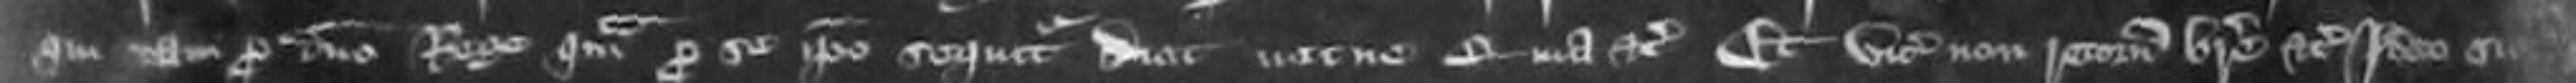
qui tam pro domino Rege quam pro se ipso seqitur dicit necne quia etc Et vicecomes non retornavit breve etc Ideo sicut